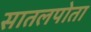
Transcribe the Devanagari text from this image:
सातलपोता